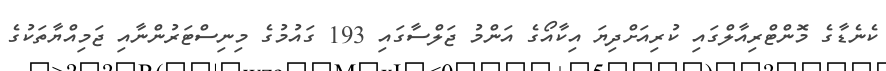
ކެނެޑާގެ މޮންޓްރިއާލްގައި ކުރިއަށްދިޔަ އިކާއޯގެ އަންމު ޖަލްސާގައި 193 ގައުމުގެ މިނިސްޓަރުންނާއި ޖަމިއްޔާތަކުގެ